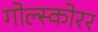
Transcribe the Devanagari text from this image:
गोल्स्कोरर